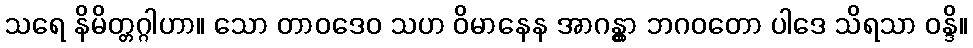
သရေ နိမိတ္တဂ္ဂါဟာ။ သော တာဝဒေဝ သဟ ဝိမာနေန အာဂန္တွာ ဘဂဝတော ပါဒေ သိရသာ ဝန္ဒိ။